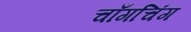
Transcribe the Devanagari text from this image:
चाँगचिंग